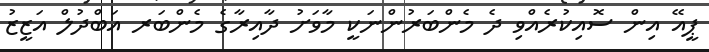
ޕީއޭ އިން ސޮއިކުރެއްވި ދެ މެންބަރުންނަކީ މާވަށު ދާއިރާގެ މެންބަރ އަބްދުލް އަޒީޒު